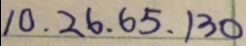
1 0 , 2 6 , 6 5 , 1 3 0